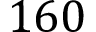
1 6 0